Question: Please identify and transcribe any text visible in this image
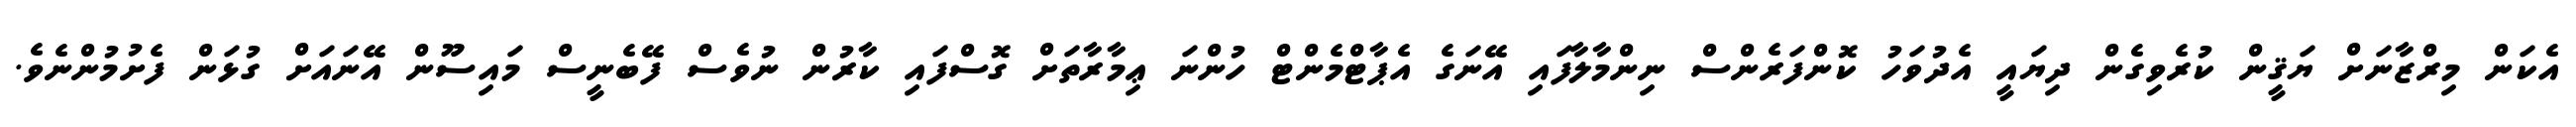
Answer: އެކަން މިރްޒާނަށް ޔަޤީން ކުރެވިގެން ދިޔައީ އެދުވަހު ކޮންފަރެންސް ނިންމާލާފައި އޭނަގެ އެޕާޓްމެންޓް ހުންނަ ޢިމާރާތަށް ގޮސްފައި ކާރުން ނުވެސް ފޭބެނީސް މައިސޫން އޭނައަށް ގުޅަން ފެށުމުންނެވެ.